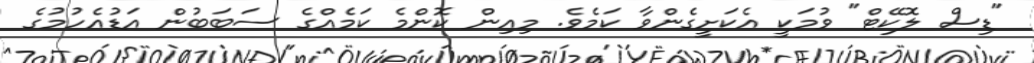
"ޑިސް ލޮކޭޓް" ވުމަކީ އެކަށީގެންވާ ކަމެވެ. މިއިން ކޮންމެ ކަމެއްގެ ސަބަބުން އަޑުއެހުމުގެ